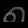
Digit: ၈